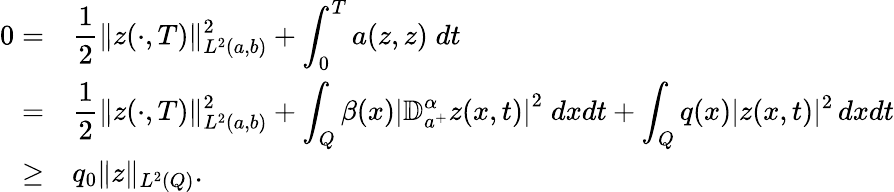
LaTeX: \begin{array}{rl}{0=}&{\displaystyle\frac 12\| z(\cdot,T)\| _{L^{2}(a,b)}^{2}+\int_{0}^{T}a(z,z)\; dt}\\ {=}&{\displaystyle\frac 12\| z(\cdot,T)\| _{L^{2}(a,b)}^{2}+\int_{Q}\beta(x)\left|\mathbb{D}_{a^{+}}^{\alpha}z(x,t)\right|^{2}\; dxdt+\int_{Q}q(x)|z(x,t)|^{2}\, dxdt}\\ {\geq}&{q_{0}\| z\| _{L^{2}(Q)}.}\end{array}